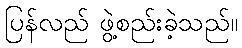
ပြန်လည် ဖွဲ့စည်းခဲ့သည်။